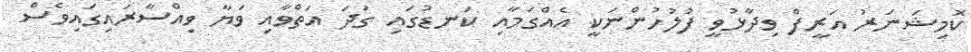
ކޮމިޝަނަރު އަރީފް ވިދާޅުވީ ފުލުހުންނަކީ އެއްގަމާއި ކަނޑުގައި ގަދަ އަތްވާއި ވަޔާ ވިއްސާރައިގައިވެސް